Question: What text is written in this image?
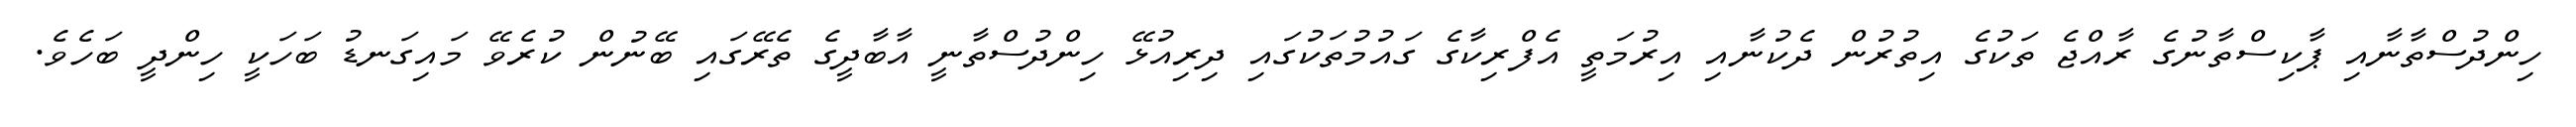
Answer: ހިންދުސްތާނާއި ޕާކިސްތާނުގެ ރާއްޖެ ތަކުގެ އިތުރުން ދެކުނާއި އިރުމަތީ އެފްރިކާގެ ގައުމުތަކުގައި ދިރިއުޅޭ ހިންދުސްތާނީ އާބާދީގެ ތެރޭގައި ބޭނުން ކުރެވޭ މައިގަނޑު ބަހަކީ ހިންދީ ބަހެވެ.